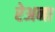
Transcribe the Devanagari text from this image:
रेअना